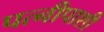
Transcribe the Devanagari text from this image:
पत्नीपाशी